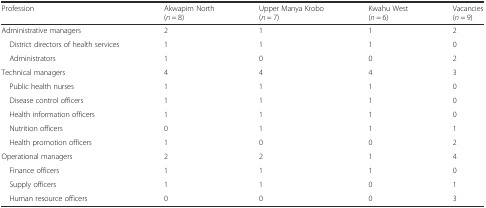
| Profession | Akwapim North (n = 8) | Upper Manya Krobo (n = 7) | Kwahu West (n = 6) | Vacancies (n = 9) |
 | --- | --- | --- | --- | --- |
 | Administrative managers | 2 | 1 | 1 | 2 |
 | District directors of health services | 1 | 1 | 1 | 0 |
 | Administrators | 1 | 0 | 0 | 2 |
 | Technical managers | 4 | 4 | 4 | 3 |
 | Public health nurses | 1 | 1 | 1 | 0 |
 | Disease control officers | 1 | 1 | 1 | 0 |
 | Health information officers | 1 | 1 | 1 | 0 |
 | Nutrition officers | 0 | 1 | 1 | 1 |
 | Health promotion officers | 1 | 0 | 0 | 2 |
 | Operational managers | 2 | 2 | 1 | 4 |
 | Finance officers | 1 | 1 | 1 | 0 |
 | Supply officers | 1 | 1 | 0 | 1 |
 | Human resource officers | 0 | 0 | 0 | 3 |